Jaan_Tonisson_(Lasteleht), lk 13
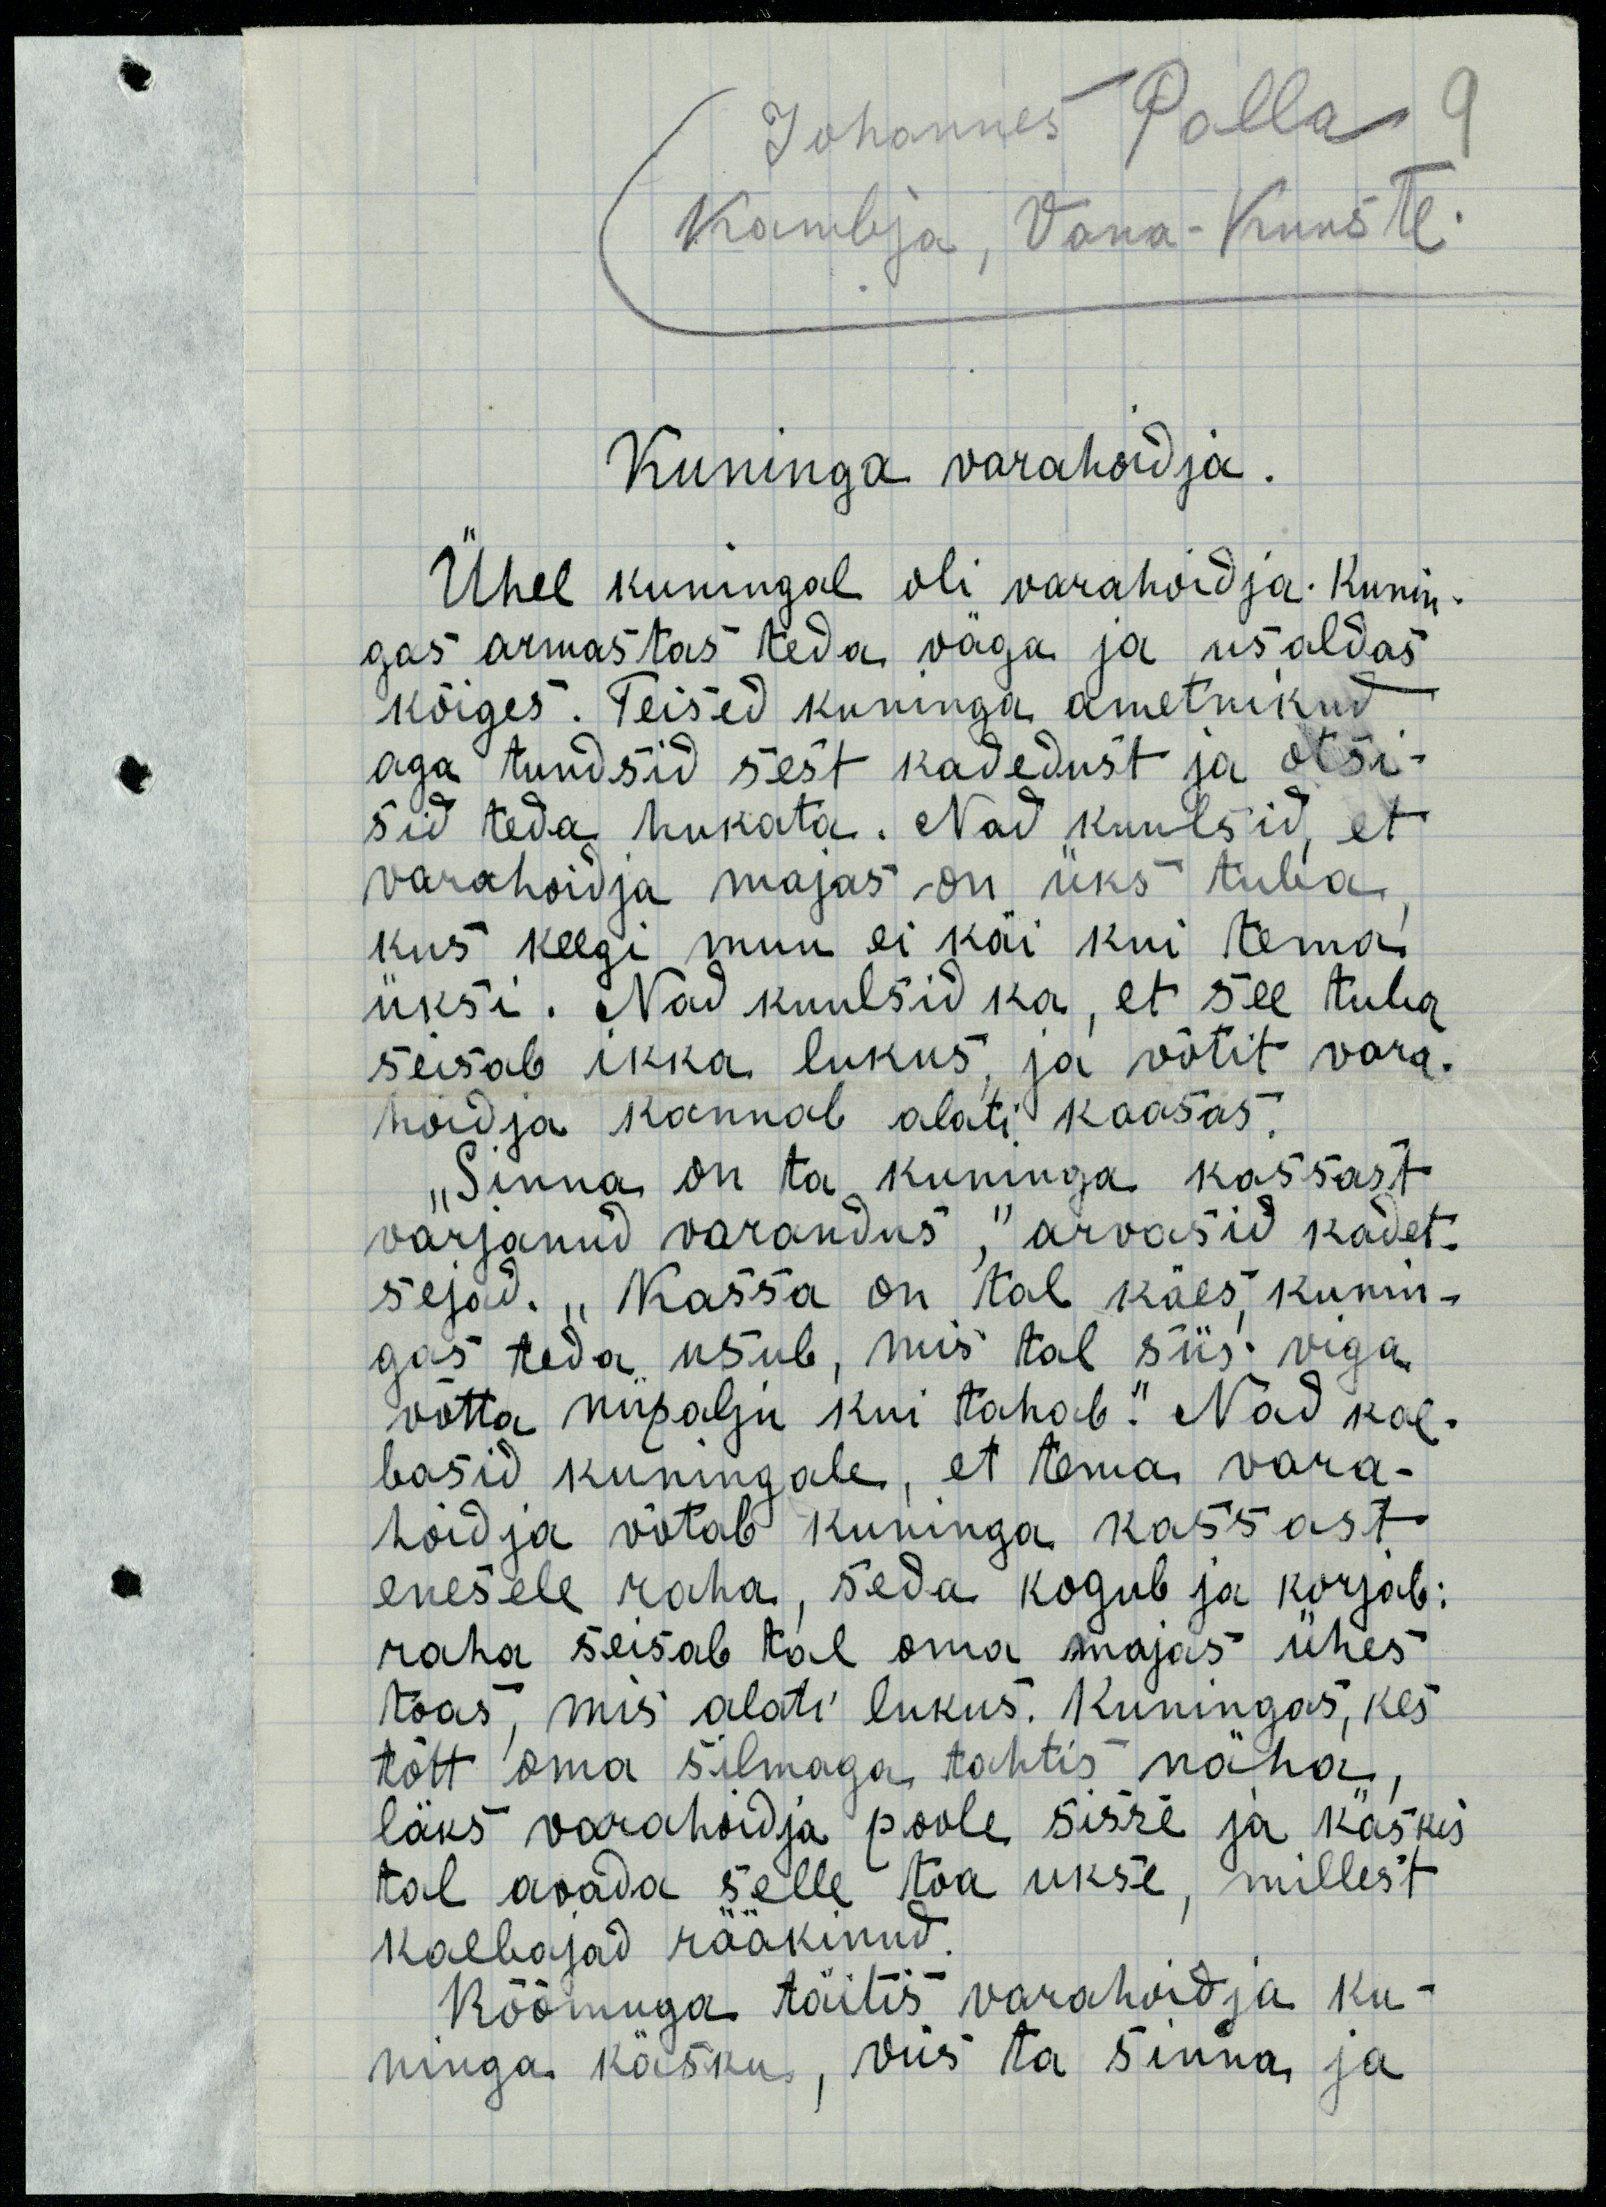
Johannes Polla
Kambja, Vana-Kuuste
Kuninga varahoidja
Ühel kuningal oli varahoidja. Kunin-
gas armastas teda väga ja usaldas
kõiges. Teised kuninga ametnikud
aga tundsid sest kadedust ja otsi-
sid teda hukata. Nad kuulsid, et 
varahoidja majas on üks tuba,
kus keegi muu ei käi kui tema
üksi. Nad kuulsid ka, et see tuba
seisab ikka lukus, ja võtit vara-
hoidja kannab alati kaasas.
„Sinna on ta kuninga kassast
varjanud varandus,“ arvasid kadet-
sejad. „Kassa on tal käes, kunin-
gas teda usub, mis tal siis viga
võtta niipalju kui tahab.“ Nad kae-
basid kuningale, et tema vara-
hoidja võtab kuninga kassast
enesele raha, seda kogub ja korjab:
raha seisab tal oma majas ühes 
toas, mis alati lukus. Kuningas, kes
tõtt oma silmaga tahtis näha,
läks varahoidja poole sisse ja käskis
tal avada selle toa ukse, millest
kaebajad rääkinud.
Rõõmuga täitis varahoidja ku-
ninga käsku, viis ta sinna ja